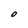
Character: 0